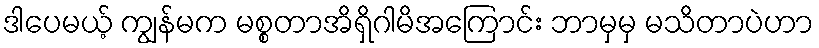
ဒါပေမယ့် ကျွန်မက မစ္စတာအိရှိဂါမိအကြောင်း ဘာမှမှ မသိတာပဲဟာ